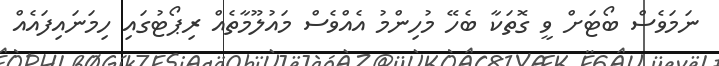
ނަމަވެސް ބޯޓަށް ވީ ގޮތަކާ ބެހޭ މުހިންމު އެއްވެސް މައުލޫމާތެއް ރިޕޯޓުގައި ހިމަނައިފައެއް